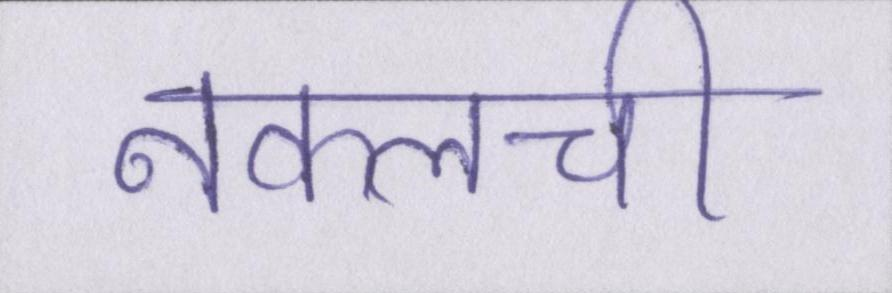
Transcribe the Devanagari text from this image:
नकलची